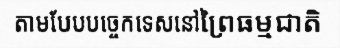
តាមបែបបច្ចេកទេសនៅព្រៃធម្មជាតិ